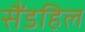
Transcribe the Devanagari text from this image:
सैंडहिल